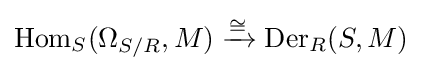
\operatorname {Hom} _{S}(\Omega _{S/R},M)\xrightarrow {\cong } \operatorname {Der} _{R}(S,M)